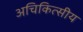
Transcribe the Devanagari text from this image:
अचिकित्सीय